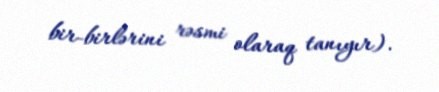
bir-birlərini rəsmi olaraq tanıyır).